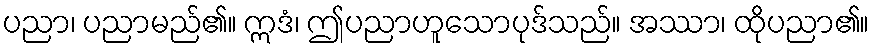
ပညာ၊ ပညာမည်၏။ ဣဒံ၊ ဤပညာဟူသောပုဒ်သည်။ အဿာ၊ ထိုပညာ၏။